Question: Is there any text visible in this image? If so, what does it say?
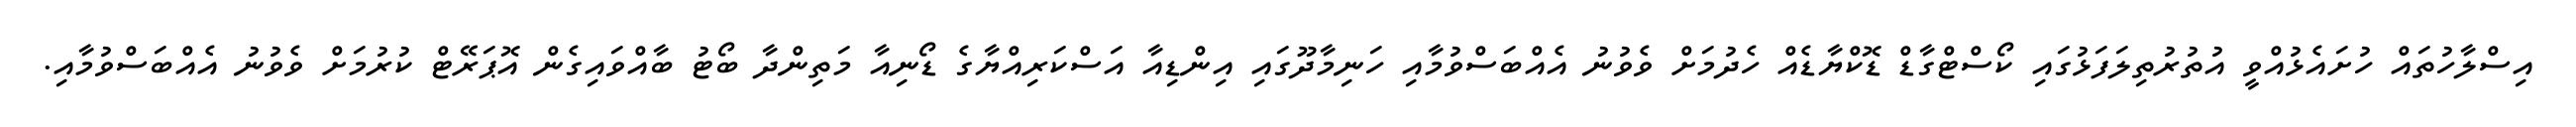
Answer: އިސްލާހުތައް ހުށައެޅުއްވީ އުތުރުތިލަފަޅުގައި ކޯސްޓްގާޑް ޑޮކްޔާޑެއް ހެދުމަށް ވެވުނު އެއްބަސްވުމާއި ހަނިމާދޫގައި އިންޑިއާ އަސްކަރިއްޔާގެ ޑޯނިއާ މަތިންދާ ބޯޓު ބާއްވައިގެން އޮޕަރޭޓް ކުރުމަށް ވެވުނު އެއްބަސްވުމާއި.